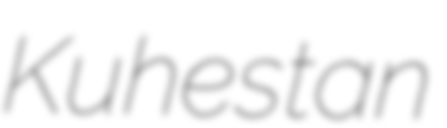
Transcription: Kuhestan